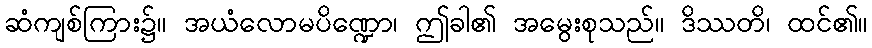
ဆံကျစ်ကြား၌။ အယံလောမပိဏ္ဍော၊ ဤခါ၏ အမွေးစုသည်။ ဒိဿတိ၊ ထင်၏။